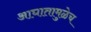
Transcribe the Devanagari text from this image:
आघातामुळेच